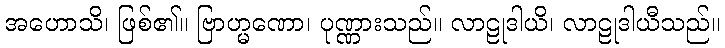
အဟောသိ၊ ဖြစ်၏။ ဗြာဟ္မဏော၊ ပုဏ္ဏားသည်။ လာဠုဒါယိ၊ လာဠုဒါယီသည်။